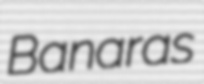
Banaras